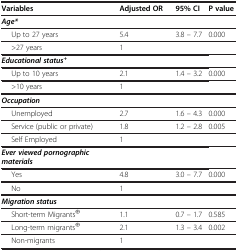
<table><thead><tr><td><b>Variables</b></td><td><b>Adjusted OR</b></td><td><b>95% CI</b></td><td><b>P value</b></td></tr></thead><tbody><tr><td><b><i>Age*</i></b></td><td> </td><td> </td><td> </td></tr><tr><td>Up to 27 years</td><td>5.4</td><td>3.8 – 7.7</td><td>0.000</td></tr><tr><td>&gt;27 years</td><td>1</td><td> </td><td> </td></tr><tr><td><b><i>Educational status</i></b><sup><b>+</b></sup></td><td> </td><td> </td><td> </td></tr><tr><td>Up to 10 years</td><td>2.1</td><td>1.4 – 3.2</td><td>0.000</td></tr><tr><td>&gt;10 years</td><td>1</td><td> </td><td> </td></tr><tr><td><b><i>Occupation</i></b></td><td> </td><td> </td><td> </td></tr><tr><td>Unemployed</td><td>2.7</td><td>1.6 – 4.3</td><td>0.000</td></tr><tr><td>Service (public or private)</td><td>1.8</td><td>1.2 – 2.8</td><td>0.005</td></tr><tr><td>Self Employed</td><td>1</td><td> </td><td> </td></tr><tr><td><b><i>Ever viewed pornographic materials</i></b></td><td> </td><td> </td><td> </td></tr><tr><td>Yes</td><td>4.8</td><td>3.0 – 7.7</td><td>0.000</td></tr><tr><td>No</td><td>1</td><td> </td><td> </td></tr><tr><td><b><i>Migration status</i></b></td><td> </td><td> </td><td> </td></tr><tr><td>Short-term Migrants<sup>⊕</sup></td><td>1.1</td><td>0.7 – 1.7</td><td>0.585</td></tr><tr><td>Long-term migrants<sup>⊕</sup></td><td>2.1</td><td>1.3 – 3.4</td><td>0.002</td></tr><tr><td>Non-migrants</td><td>1</td><td> </td><td> </td></tr></tbody></table>